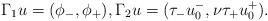
LaTeX: \begin{align*} \Gamma_1 u= (\phi_-,\phi_+),\Gamma_2 u=(\tau_- u_0^-,\nu\tau_+u^+_0).\end{align*}